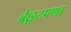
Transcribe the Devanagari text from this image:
बेछूटपणा